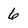
Character: 6